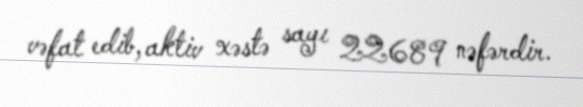
vəfat edib, aktiv xəstə sayı 22689 nəfərdir.